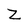
Character: Z